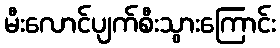
မီးလောင်ပျက်စီးသွားကြောင်း